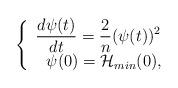
LaTeX: \begin{align*} \left \{ \begin{array}{l}\displaystyle \frac{d \psi(t) }{d t} = \frac{2}{n} (\psi(t))^2 \\\displaystyle \ \ \psi(0) = \mathcal{H}_{min}(0),\end{array} \right.\end{align*}